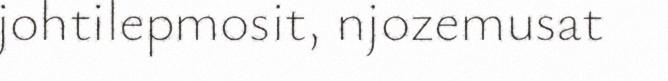
johtilepmosit, njozemusat